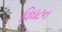
વિઘટન